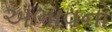
અભાવનો